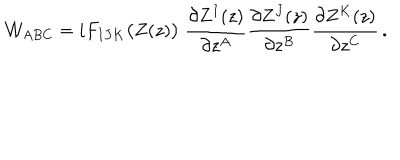
LaTeX: { \cal W } _ { A B C } = i F _ { I J K } \big ( Z ( z ) \big ) \; { \frac { \partial Z ^ { I } ( z ) } { \partial z ^ { A } } } { \frac { \partial Z ^ { J } ( z ) } { \partial z ^ { B } } } { \frac { \partial Z ^ { K } ( z ) } { \partial z ^ { C } } } \, .